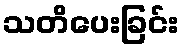
သတိပေးခြင်း